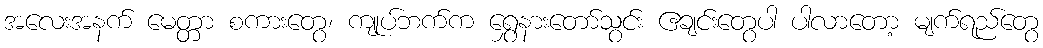
အလေးအနက် မေတ္တာ စကားတွေ၊ ကျုပ်ဘက်က ရွှေနားတော်သွင်း ဧချင်းတွေပါ ပါလာတော့ မျက်ရည်တွေ